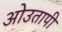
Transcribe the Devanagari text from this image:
ओउतापी